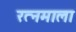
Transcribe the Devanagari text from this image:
रत्‍नमाला